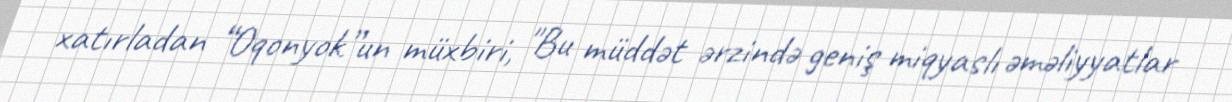
xatırladan “Oqonyok”un müxbiri, "Bu müddət ərzində geniş miqyaslı əməliyyatlar